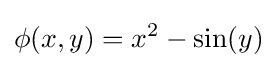
\phi (x,y)=x^{2}-\sin(y)